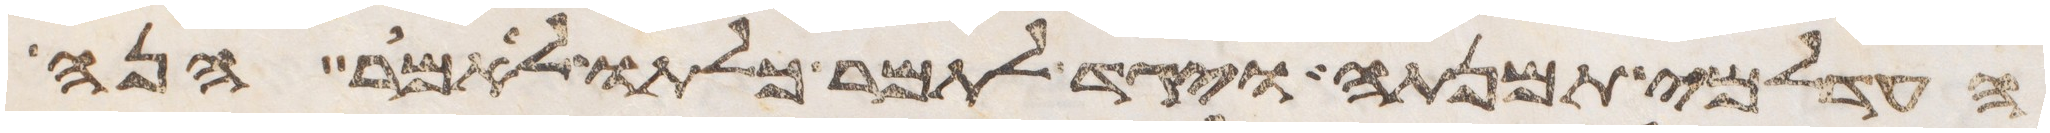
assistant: העדלמי תמנתה ויגד לתמר כלתו לאמר הנה